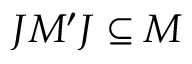
J M ^ { \prime } J \subseteq M